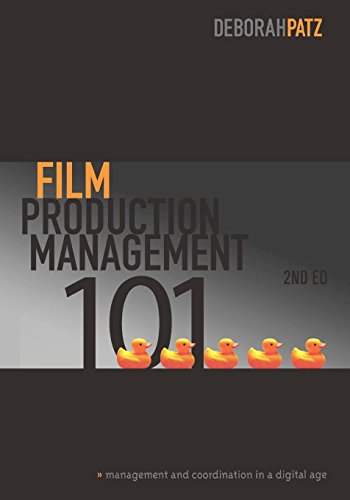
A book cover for Film Production Management 101-2nd edition: Management & Coordination in a Digital Age; Deborah Patz; Humor & Entertainment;